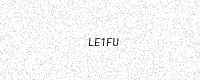
Text: LE1FU